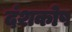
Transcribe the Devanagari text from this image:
दंशकोष